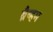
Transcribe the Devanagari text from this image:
ब्रैब्हम